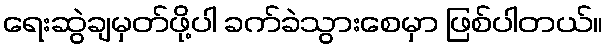
ရေးဆွဲချမှတ်ဖို့ပါ ခက်ခဲသွားစေမှာ ဖြစ်ပါတယ်။